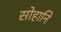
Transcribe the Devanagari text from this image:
सोहानि